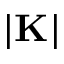
| { \bf K } |